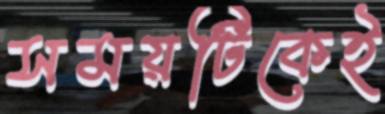
সময়টিকেই